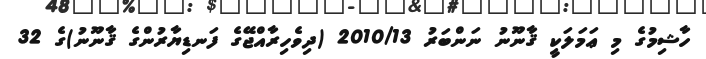
ހާޝިމުގެ މި ޢަމަލަކީ ޤާނޫނު ނަންބަރު 2010/13 (ދިވެހިރާއްޖޭގެ ފަނޑިޔާރުންގެ ޤާނޫނު)ގެ 32